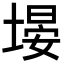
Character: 𪤃